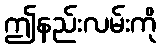
ဤနည်းလမ်းကို